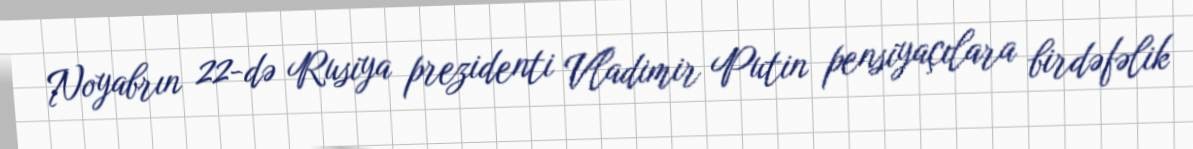
Noyabrın 22-də Rusiya prezidenti Vladimir Putin pensiyaçılara birdəfəlik